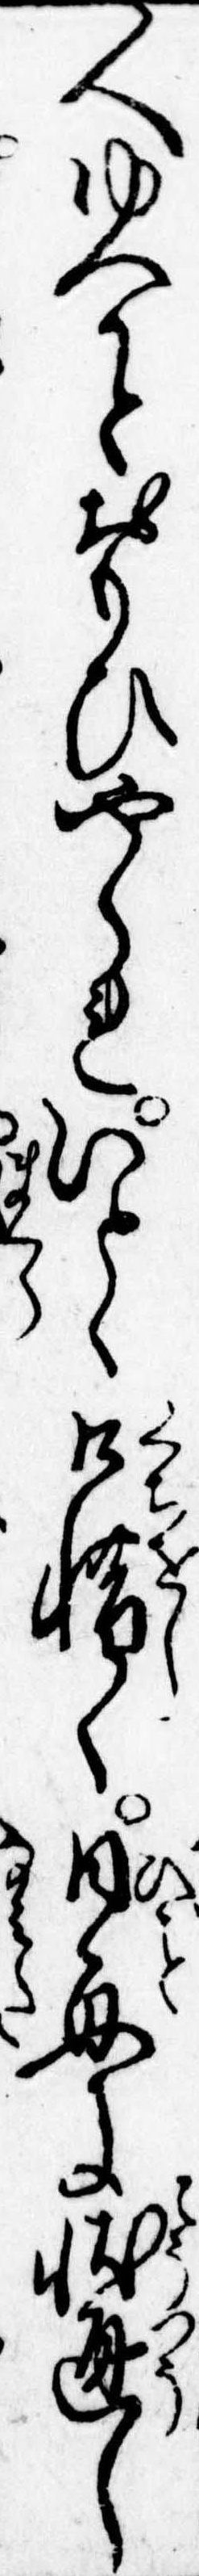
人ゆへかとおもひやられいとゝ口惜く日毎に状通し